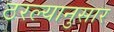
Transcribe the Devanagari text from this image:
ठरल्यानुसार